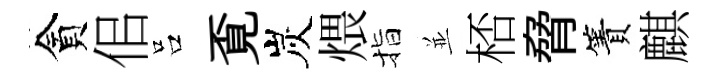
貪佀吕覔炭煨指並桮脅簀麒